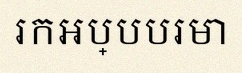
រកអប្បបរមា